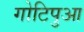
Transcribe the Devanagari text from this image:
गोटिपुआ